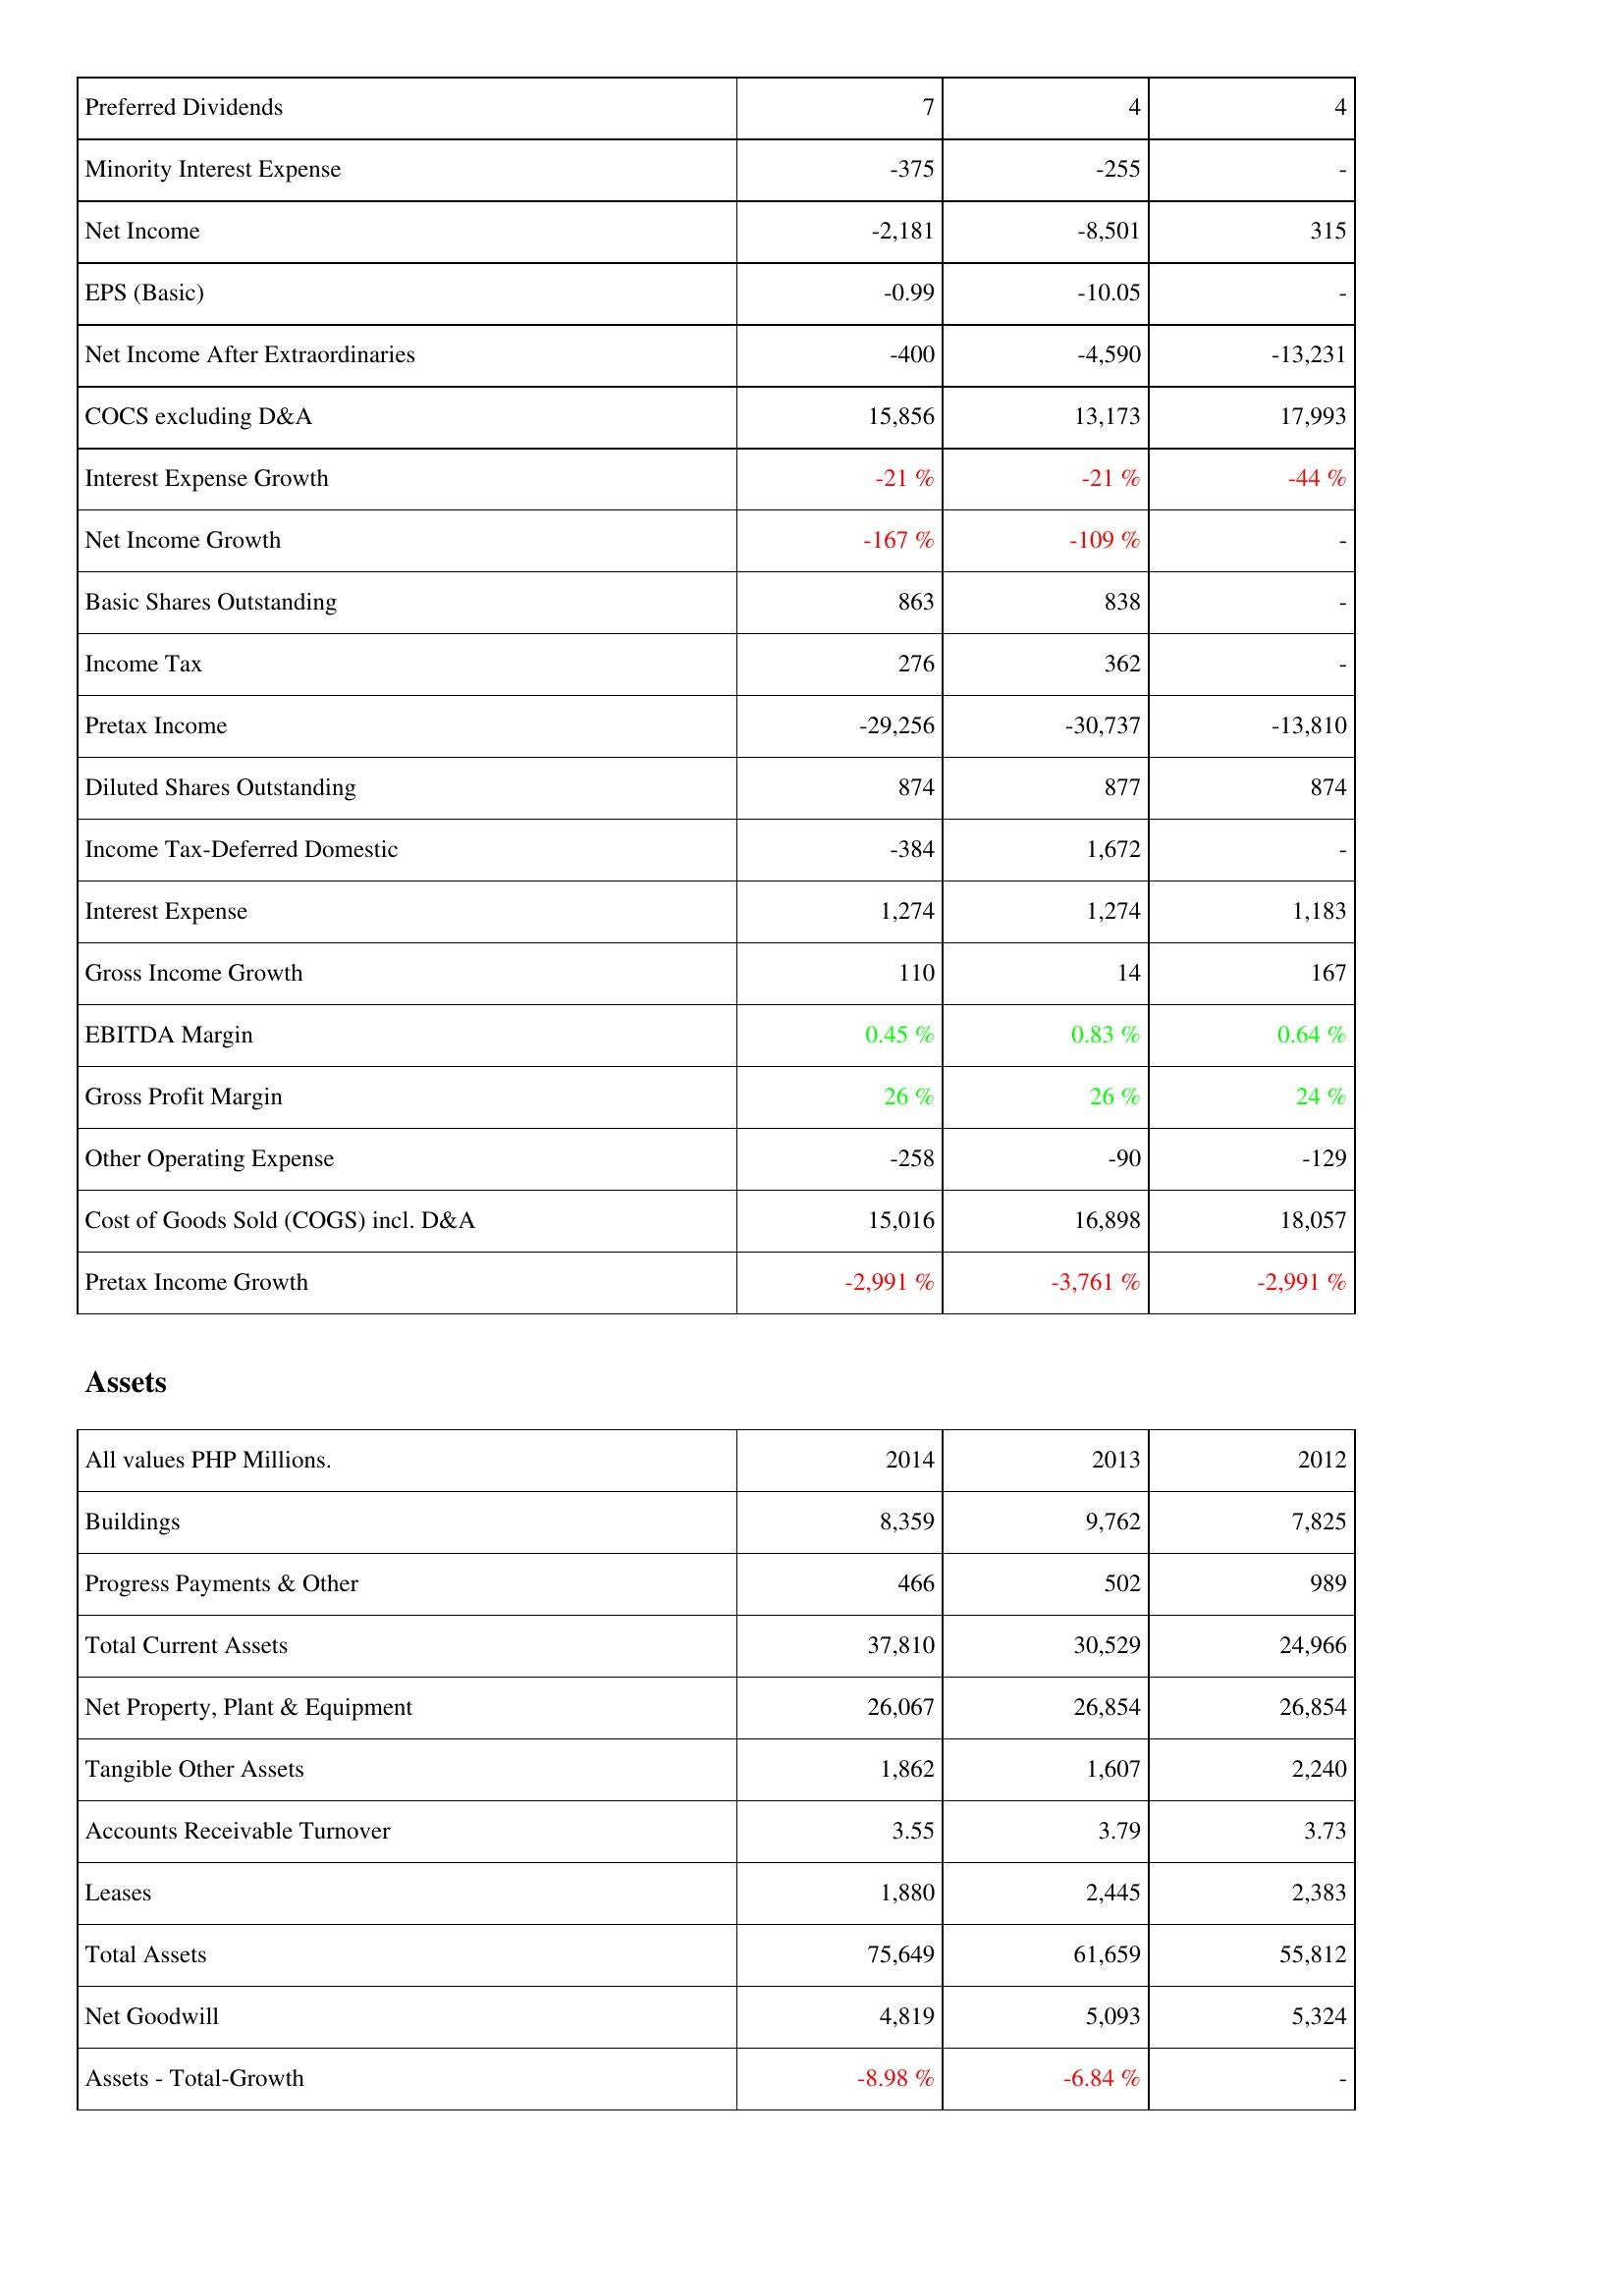
2014: Income Statement: Preferred Dividends: 7
Minority Interest Expense: -375
Net Income: -2,181
EPS (Basic): -0.99
Net Income After Extraordinaries: -400
COCS excluding D&A: 15,856
Interest Expense Growth: -21 %
Net Income Growth: -167 %
Basic Shares Outstanding: 863
Income Tax: 276
Pretax Income: -29,256
Diluted Shares Outstanding: 874
Income Tax-Deferred Domestic: -384
Interest Expense: 1,274
Gross Income Growth: 110
EBITDA Margin: 0.45 %
Gross Profit Margin: 26 %
Other Operating Expense: -258
Cost of Goods Sold (COGS) incl. D&A: 15,016
Pretax Income Growth: -2,991 %
Assets: Buildings: 8,359
Progress Payments & Other: 466
Total Current Assets: 37,810
Net Property, Plant & Equipment: 26,067
Tangible Other Assets: 1,862
Accounts Receivable Turnover: 3.55
Leases: 1,880
Total Assets: 75,649
Net Goodwill: 4,819
Assets - Total-Growth: -8.98 %
2013: Income Statement: Preferred Dividends: 4
Minority Interest Expense: -255
Net Income: -8,501
EPS (Basic): -10.05
Net Income After Extraordinaries: -4,590
COCS excluding D&A: 13,173
Interest Expense Growth: -21 %
Net Income Growth: -109 %
Basic Shares Outstanding: 838
Income Tax: 362
Pretax Income: -30,737
Diluted Shares Outstanding: 877
Income Tax-Deferred Domestic: 1,672
Interest Expense: 1,274
Gross Income Growth: 14
EBITDA Margin: 0.83 %
Gross Profit Margin: 26 %
Other Operating Expense: -90
Cost of Goods Sold (COGS) incl. D&A: 16,898
Pretax Income Growth: -3,761 %
Assets: Buildings: 9,762
Progress Payments & Other: 502
Total Current Assets: 30,529
Net Property, Plant & Equipment: 26,854
Tangible Other Assets: 1,607
Accounts Receivable Turnover: 3.79
Leases: 2,445
Total Assets: 61,659
Net Goodwill: 5,093
Assets - Total-Growth: -6.84 %
2012: Income Statement: Preferred Dividends: 4
Minority Interest Expense: -
Net Income: 315
EPS (Basic): -
Net Income After Extraordinaries: -13,231
COCS excluding D&A: 17,993
Interest Expense Growth: -44 %
Net Income Growth: -
Basic Shares Outstanding: -
Income Tax: -
Pretax Income: -13,810
Diluted Shares Outstanding: 874
Income Tax-Deferred Domestic: -
Interest Expense: 1,183
Gross Income Growth: 167
EBITDA Margin: 0.64 %
Gross Profit Margin: 24 %
Other Operating Expense: -129
Cost of Goods Sold (COGS) incl. D&A: 18,057
Pretax Income Growth: -2,991 %
Assets: Buildings: 7,825
Progress Payments & Other: 989
Total Current Assets: 24,966
Net Property, Plant & Equipment: 26,854
Tangible Other Assets: 2,240
Accounts Receivable Turnover: 3.73
Leases: 2,383
Total Assets: 55,812
Net Goodwill: 5,324
Assets - Total-Growth: -